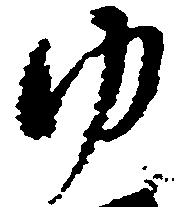
ゆ